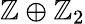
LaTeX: \mathbb{Z}\oplus\mathbb{Z}_{2}